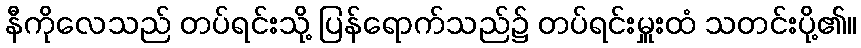
နီကိုလေသည် တပ်ရင်းသို့ ပြန်ရောက်သည်၌ တပ်ရင်းမှူးထံ သတင်းပို့၏။